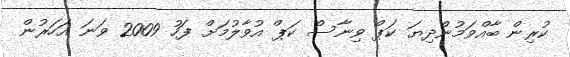
ކުރިން ބާއްވަމުންދިޔަ ކަޕް ވިނާސް ކަޕް އުވާލުމަށް ފަހު 2009 ވަނަ އަހަރުން